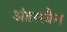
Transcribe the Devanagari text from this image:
अंडरस्कैन